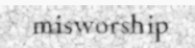
misworship